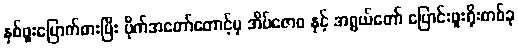
နှစ်ဖူးမြောက်စားပြီး ဗိုက်အတော်တောင့်မှ အိပ်ဇောဝ နှင့် အရွယ်တော် ပြောင်းဖူးရိုးတစ်ခု